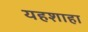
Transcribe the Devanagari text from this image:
यहशाहा